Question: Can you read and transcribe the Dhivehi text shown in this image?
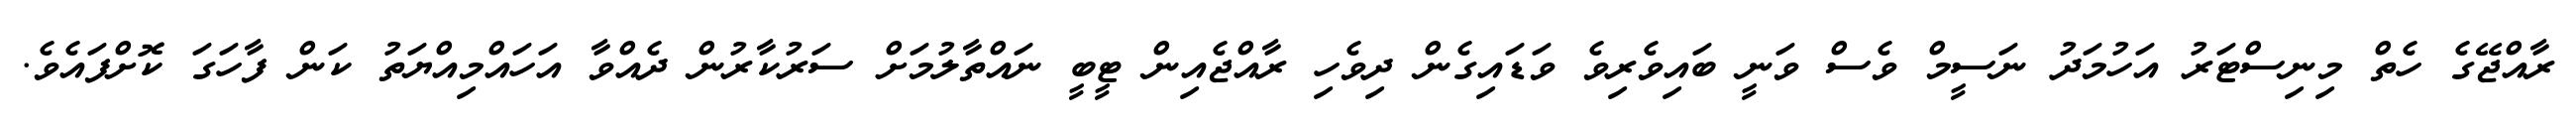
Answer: ރާއްޖޭގެ ހެތް މިނިސްޓަރު އަހުމަދު ނަސީމް ވެސް ވަނީ ބައިވެރިވެ ވަޑައިގެން ދިވެހި ރާއްޖެއިން ޓީބީ ނައްތާލުމަށް ސަރުކާރުން ދެއްވާ އަހައްމިއްޔަތު ކަން ފާހަގަ ކޮށްފައެވެ.